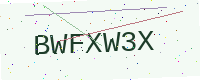
Text: BWFXW3X